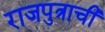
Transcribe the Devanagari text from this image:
राजपुत्राची